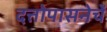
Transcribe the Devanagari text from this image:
दत्तोपासनेचें